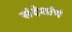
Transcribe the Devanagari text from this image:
संदेशांचं